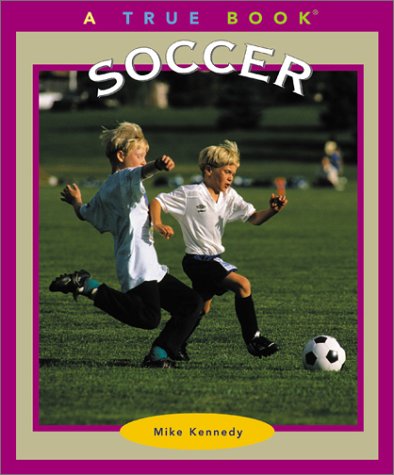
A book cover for Soccer (True Books: Sports); Mike Kennedy; Children's Books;